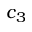
c _ { 3 }